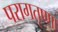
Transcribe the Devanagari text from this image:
परागतृष्णा